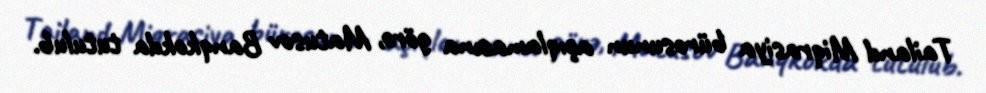
Tailand Miqrasiya bürosunun açıqlamasına görə, Matusov Banqkokda tutulub.